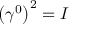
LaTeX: \left( \gamma ^ { 0 } \right) ^ { 2 } = I